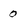
Character: 0